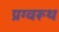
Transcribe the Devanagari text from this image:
प्रग्वरूथ